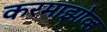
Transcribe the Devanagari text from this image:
करमाझोव्ह